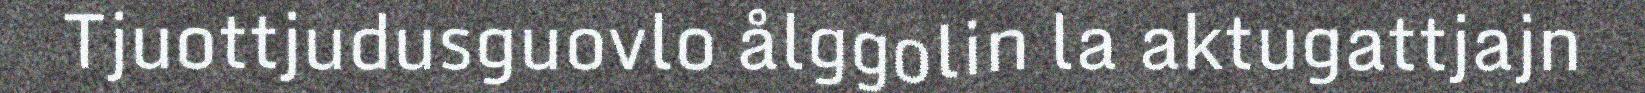
Tjuottjudusguovlo ålggolin la aktugattjajn